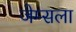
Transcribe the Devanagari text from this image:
जेम्सला